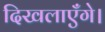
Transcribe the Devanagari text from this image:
दिखलाएँगे।